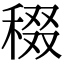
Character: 𥟒